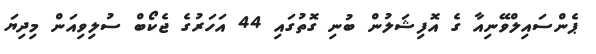
ޕެންސައިލްވޭނިއާ ގެ އޮފިޝަލުން ބުނި ގޮތުގައި 44 އަހަރުގެ ޖެކޯބް ސުލިވިއަން މިދިޔަ